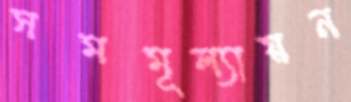
সমমূল্যায়ন